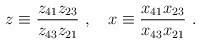
LaTeX: \begin{align*}z \equiv \frac{z_{41}z_{23}}{z_{43}z_{21}}~,~~~ x \equiv \frac{x_{41}x_{23}}{x_{43}x_{21}}~.\end{align*}